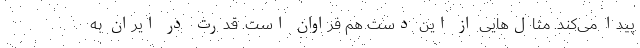
پیدا می‌کند. مثال‌هایی از این دست هم فراوان است. قدرت در ایران به